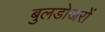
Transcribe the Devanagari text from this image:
बुलडोजरों